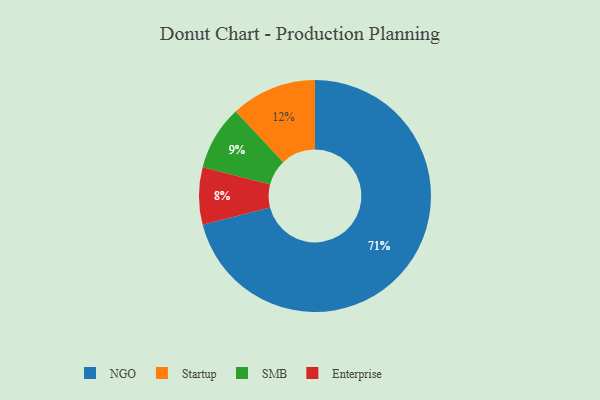
{"axis": {"x": "Category", "y": "Percentage"}, "legend": ["Enterprise", "NGO", "SMB", "Startup"], "data": [{"x": "Enterprise", "y": 8, "type": "Enterprise"}, {"x": "SMB", "y": 9, "type": "SMB"}, {"x": "Startup", "y": 12, "type": "Startup"}, {"x": "NGO", "y": 71, "type": "NGO"}]}